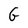
Character: G